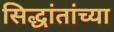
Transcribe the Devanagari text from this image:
सिद्धांतांच्या